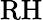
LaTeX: \mathrm{RH}